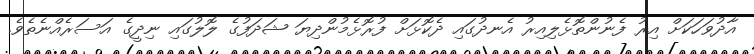
އާދުވަހަކަށް އިރު ފެނުންތޮޅެލިއިރު އެނދުގައި ދެކޮޅަށް ފުރޮޅެމުންދިޔަ ޝަދަފުގެ ލޮލުގައި ނިދީގެ އަސަރެއްނެތެވެ.